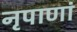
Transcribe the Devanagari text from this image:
नृपाणां